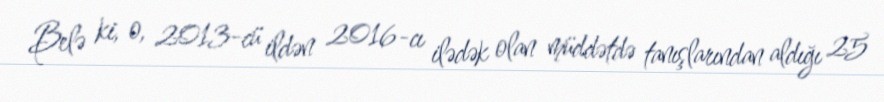
Belə ki, o, 2013-cü ildən 2016-cı ilədək olan müddətdə tanışlarından aldığı 25